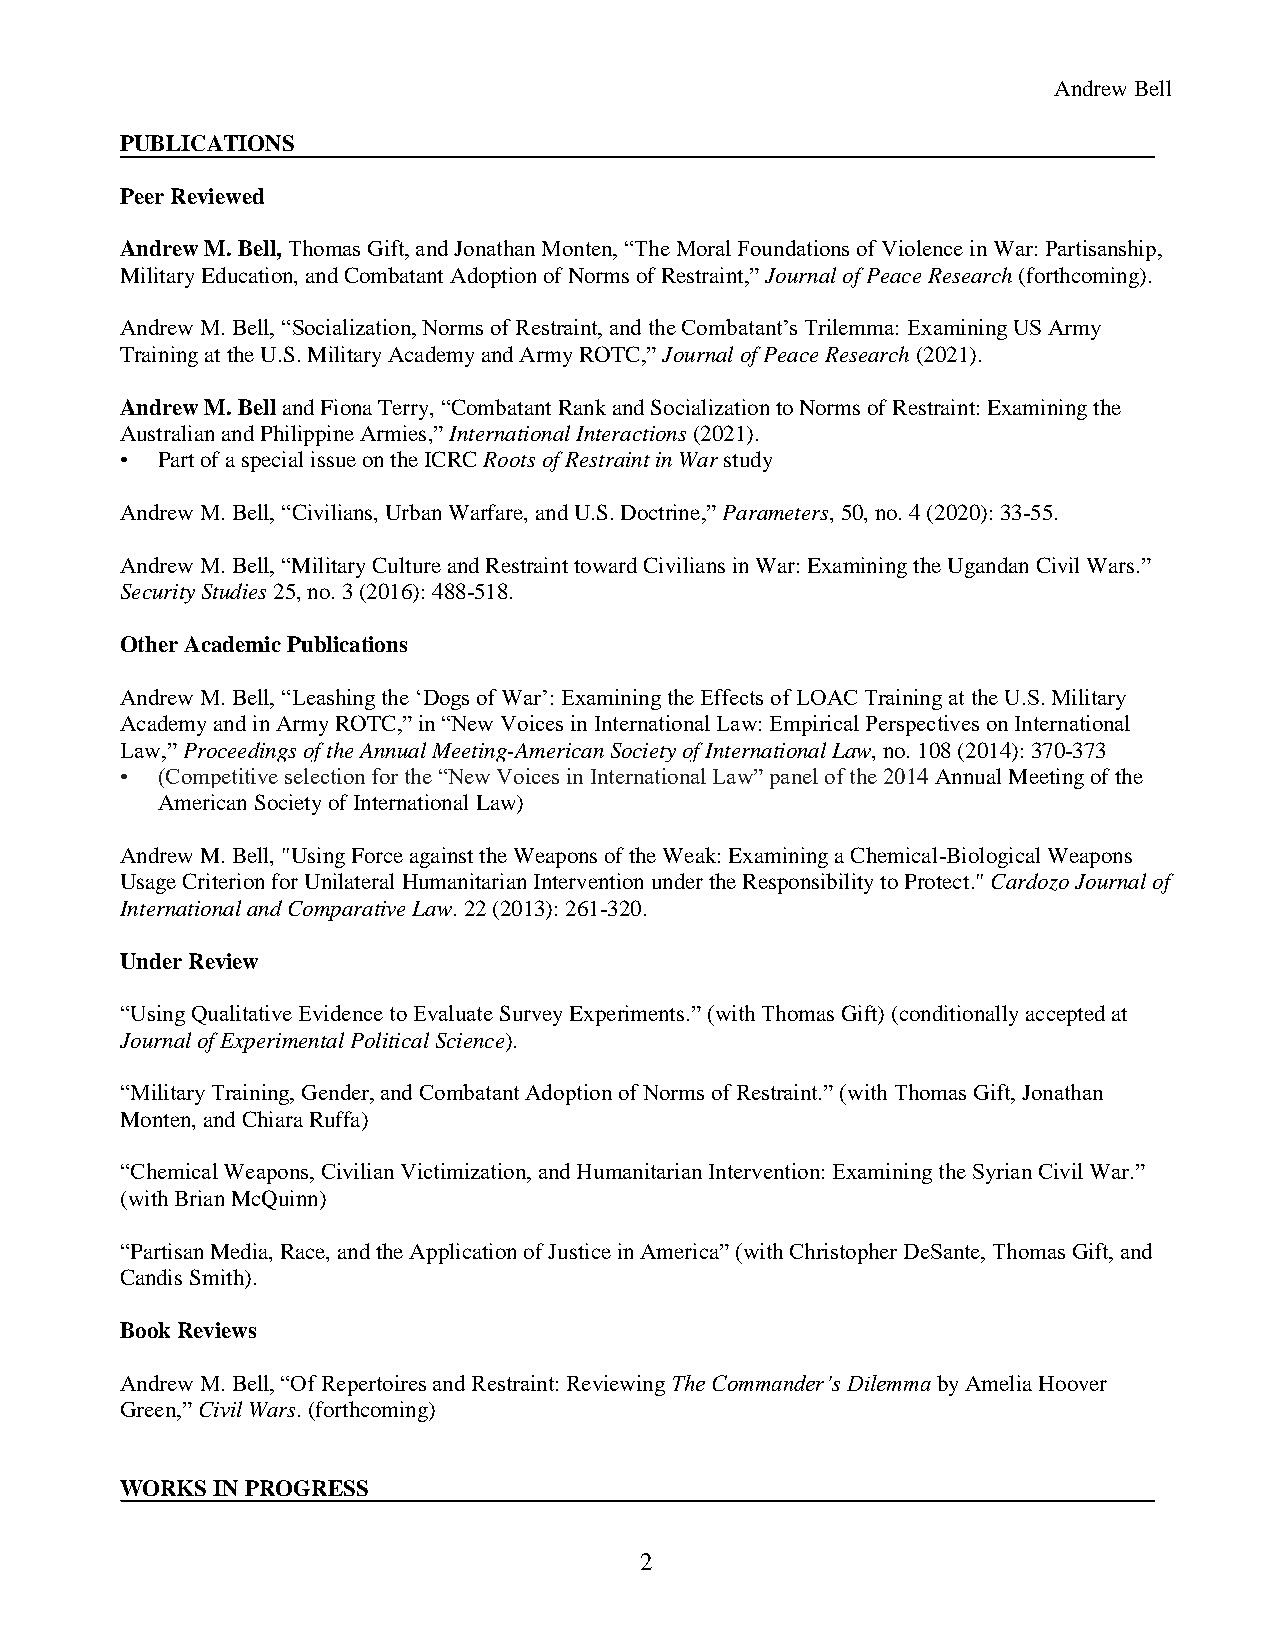
Andrew Bell
 PUBLICATIONS
 Peer Reviewed
 Andrew M. Bell, Thomas Gift, and Jonathan Monten, “The Moral Foundations of Violence in War: Partisanship,
 Military Education, and Combatant Adoption of Norms of Restraint,” Journal of Peace Research (forthcoming).
 Andrew M. Bell, “Socialization, Norms of Restraint, and the Combatant’s Trilemma: Examining US Army
 Training at the U.S. Military Academy and Army ROTC,” Journal of Peace Research (2021).
 Andrew M. Bell and Fiona Terry, “Combatant Rank and Socialization to Norms of Restraint: Examining the
 Australian and Philippine Armies,” International Interactions (2021).
 • Part of a special issue on the ICRC Roots of Restraint in War study
 Andrew M. Bell, “Civilians, Urban Warfare, and U.S. Doctrine,” Parameters, 50, no. 4 (2020): 33-55.
 Andrew M. Bell, “Military Culture and Restraint toward Civilians in War: Examining the Ugandan Civil Wars.”
 Security Studies 25, no. 3 (2016): 488-518.
 Other Academic Publications
 Andrew M. Bell, “Leashing the ‘Dogs of War’: Examining the Effects of LOAC Training at the U.S. Military
 Academy and in Army ROTC,” in “New Voices in International Law: Empirical Perspectives on International
 Law,” Proceedings of the Annual Meeting-American Society of International Law, no. 108 (2014): 370-373
 • (Competitive selection for the “New Voices in International Law” panel of the 2014 Annual Meeting of the
 American Society of International Law)
 Andrew M. Bell, "Using Force against the Weapons of the Weak: Examining a Chemical-Biological Weapons
 Usage Criterion for Unilateral Humanitarian Intervention under the Responsibility to Protect." Cardozo Journal of
 International and Comparative Law. 22 (2013): 261-320.
 Under Review
 “Using Qualitative Evidence to Evaluate Survey Experiments.” (with Thomas Gift) (conditionally accepted at
 Journal of Experimental Political Science).
 “Military Training, Gender, and Combatant Adoption of Norms of Restraint.” (with Thomas Gift, Jonathan
 Monten, and Chiara Ruffa)
 “Chemical Weapons, Civilian Victimization, and Humanitarian Intervention: Examining the Syrian Civil War.”
 (with Brian McQuinn)
 “Partisan Media, Race, and the Application of Justice in America” (with Christopher DeSante, Thomas Gift, and
 Candis Smith).
 Book Reviews
 Andrew M. Bell, “Of Repertoires and Restraint: Reviewing The Commander’s Dilemma by Amelia Hoover
 Green,” Civil Wars. (forthcoming)
 WORKS IN PROGRESS
 2